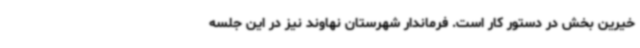
خیرین بخش در دستور کار است. فرماندار شهرستان نهاوند نیز در این جلسه